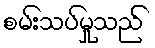
စမ်းသပ်မှုသည်